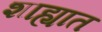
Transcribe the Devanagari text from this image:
शाह्यात